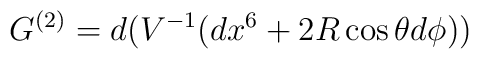
G^{(2)} =  d(V^{-1}(dx^6+2R\cos \theta d\phi))